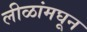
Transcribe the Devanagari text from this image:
लीळांमघून